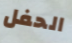
الحفل